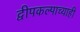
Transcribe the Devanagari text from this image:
द्वीपकल्पाच्याही